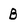
Character: B